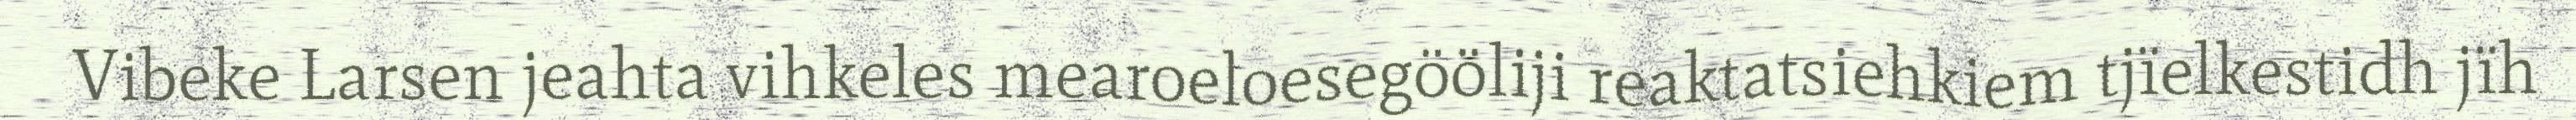
Vibeke Larsen jeahta vihkeles mearoeloesegööliji reaktatsiehkiem tjïelkestidh jïh